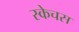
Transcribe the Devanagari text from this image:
स्केचस